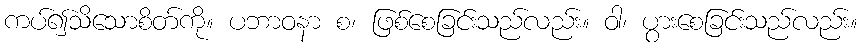
ကပ်၍သိသောစိတ်ကို။ ပဘာဝနာ စ၊ ဖြစ်စေခြင်းသည်လည်း။ ဝါ၊ ပွားစေခြင်းသည်လည်း။